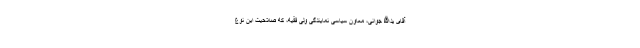
آقای یدالله جوانی، معاون سیاسی نمایندگی ولی فقیه، که صلاحیت این نوع